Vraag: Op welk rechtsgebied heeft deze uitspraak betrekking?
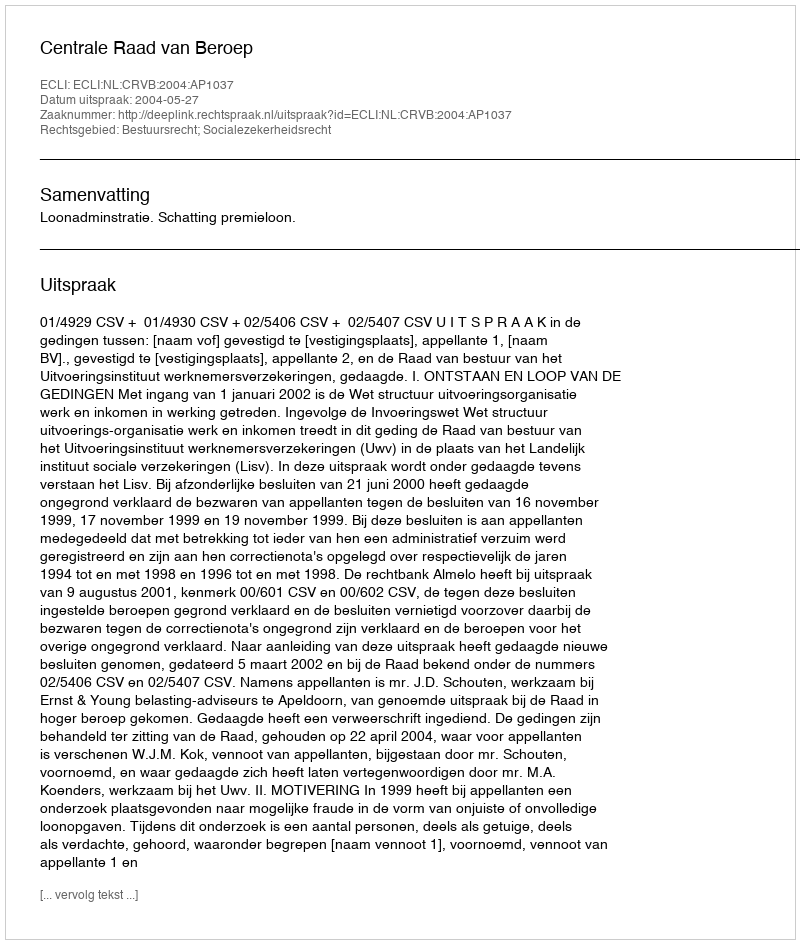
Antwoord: Bestuursrecht; Socialezekerheidsrecht